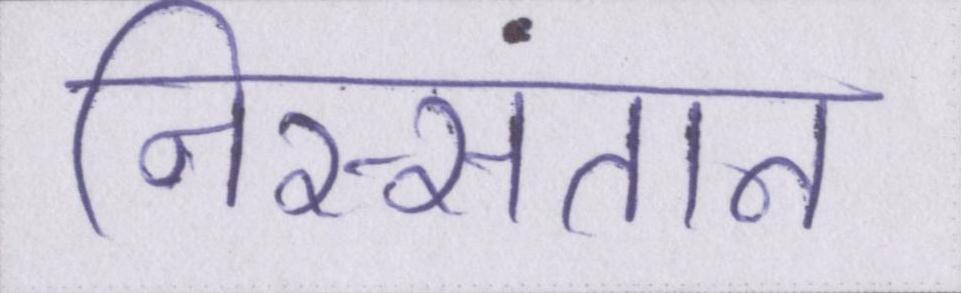
निस्संतान